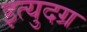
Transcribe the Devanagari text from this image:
इत्युदग्र